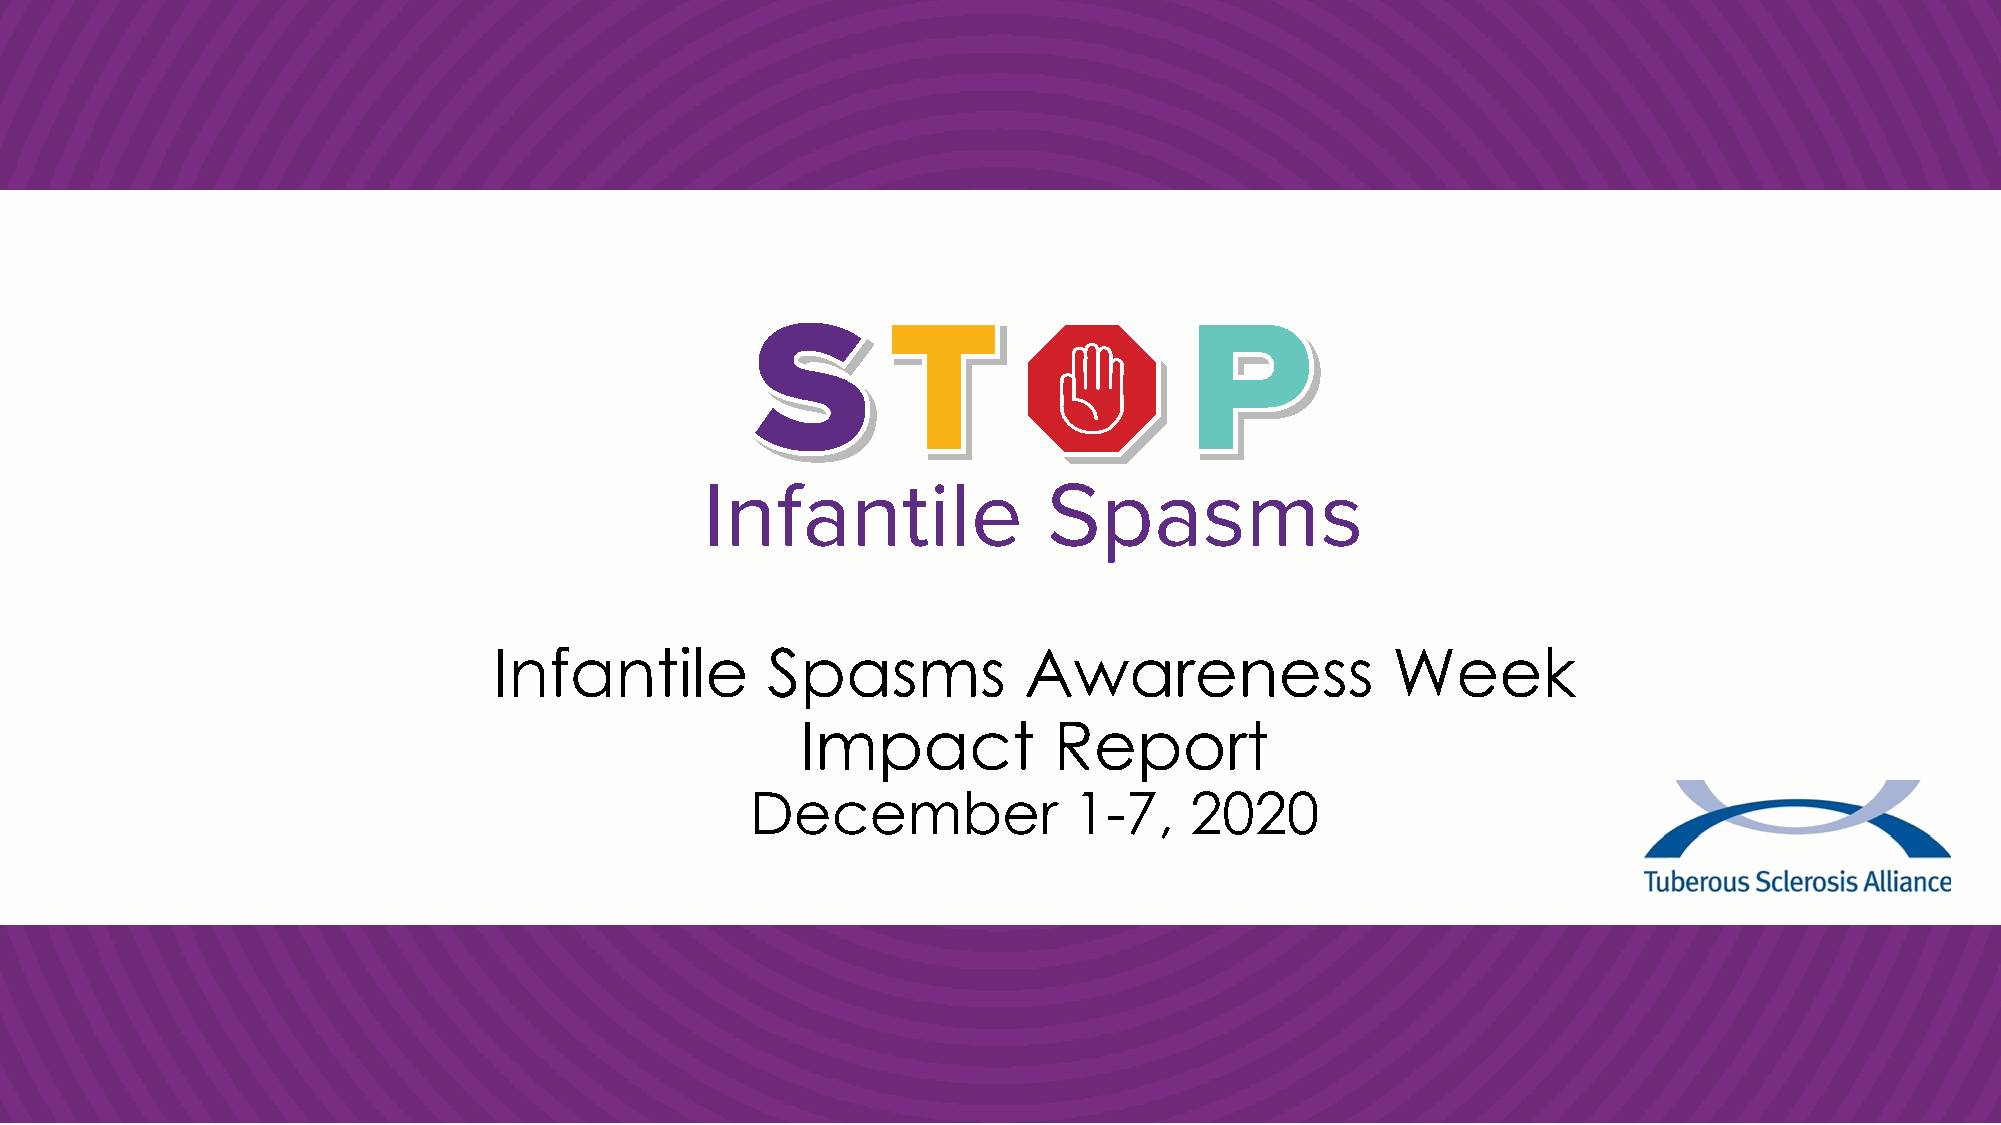
Infantile         Spasms           Awareness               Week
 Impact           Report
 December             1-7,    2020